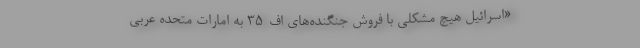
«اسرائیل هیچ مشکلی با فروش جنگنده‌های اف‌-۳۵ به امارات متحده عربی